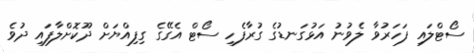
ސޯޓްލައި ފަހަރުވާ ލެވުނު އަޅުގަނޑުގެ ގުރާފެހި ސޯޓް އެގޭގެ ގިފިއްޔަށް ދޫކޮށްލާފައި ދުވެ